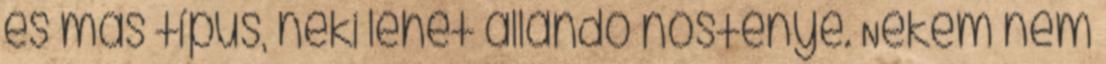
és más típus, neki lehet állandó nősténye. Nekem nem